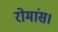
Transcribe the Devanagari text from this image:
रोमांस।